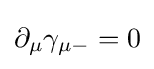
\partial _{\mu }\gamma _{\mu -}=0